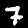
Label: 7